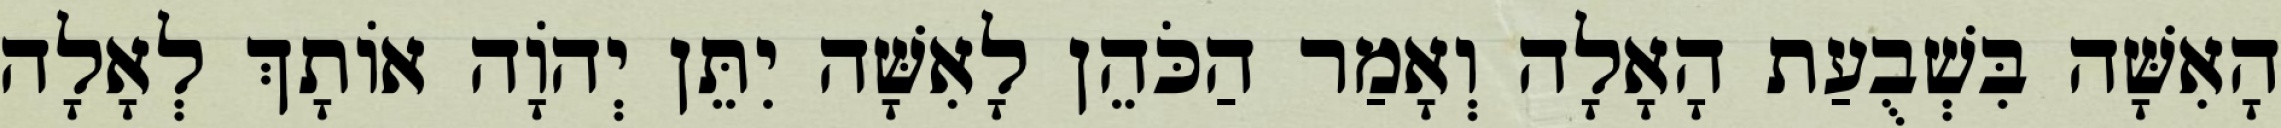
הָאִשָּׁה בִּשְׁבֻעַת הָאָלָה וְאָמַר הַכֹּהֵן לָאִשָּׁה יִתֵּן יְהוָֹה אוֹתָךְ לְאָלָה